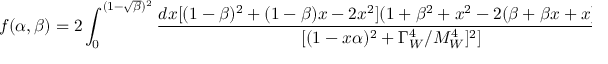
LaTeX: f ( \alpha , \beta ) = 2 \int _ { 0 } ^ { ( 1 - \sqrt { \beta } ) ^ { 2 } } { \frac { d x [ ( 1 - \beta ) ^ { 2 } + ( 1 - \beta ) x - 2 x ^ { 2 } ] ( 1 + \beta ^ { 2 } + x ^ { 2 } - 2 ( \beta + \beta x + x ) ) ^ { 1 / 2 } } { [ ( 1 - x \alpha ) ^ { 2 } + \Gamma _ { W } ^ { 4 } / M _ { W } ^ { 4 } ] ^ { 2 } ] } }